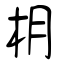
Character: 枂